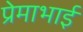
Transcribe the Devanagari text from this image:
प्रेमाभाई